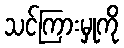
သင်ကြားမှုကို